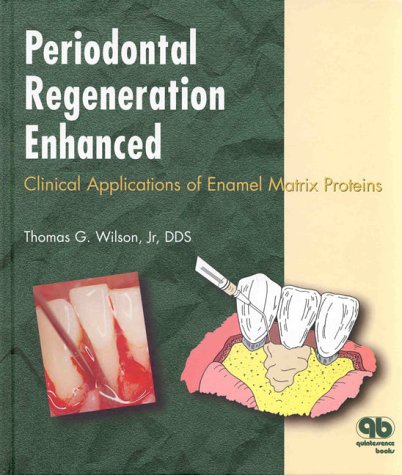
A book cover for Periodontal Regeneration Enhanced: Clinical Applications of Enamel Matrix Proteins; Thomas G. Wilson; Medical Books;